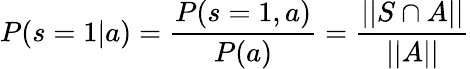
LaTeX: P(s=1|a)=\frac{P(s=1,a)}{P(a)}=\frac{||S\cap A||}{||A||}